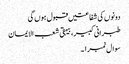
دونوں کی شفاعتیں قبول ہوں گی
طبرانی کبیر، بیہقی شعب الایمان
سوال نمبر ۱۔